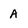
Character: A